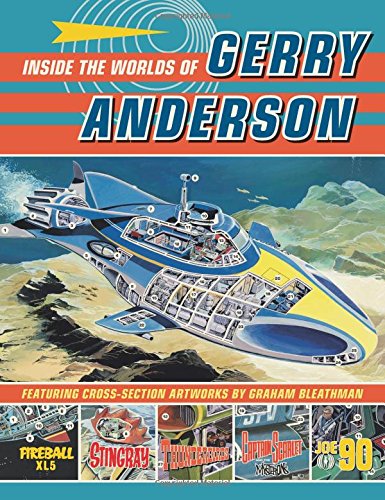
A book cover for Inside the World of Gerry Anderson (Classic Comics); Gerry Anderson; Humor & Entertainment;